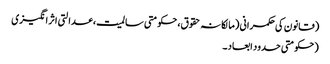
(قانون کی حکمرانی (مالکانہ حقوق، حکومتی سالمیت، عدالتی اثر انگیزی
(حکومتی حدود ابعاد ۔